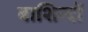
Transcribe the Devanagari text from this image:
बाशिन्दों